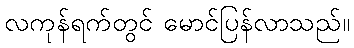
လကုန်ရက်တွင် မောင်ပြန်လာသည်။